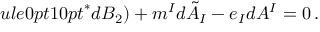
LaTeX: ule { 0 pt } { 10 pt } ^ { * } d B _ { 2 } ) + m ^ { I } d \tilde { A } _ { I } - e _ { I } d A ^ { I } = 0 \, .